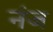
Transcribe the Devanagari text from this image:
नंज